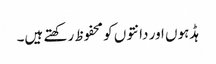
ہڈہوں اور دانتوں کو محفوظ رکھتے ہیں۔